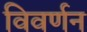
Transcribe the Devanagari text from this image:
विवर्णन